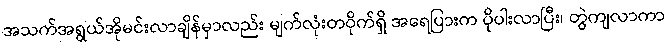
အသက်အရွယ်အိုမင်းလာချိန်မှာလည်း မျက်လုံးတဝိုက်ရှိ အရေပြားက ပိုပါးလာပြီး၊ တွဲကျလာကာ